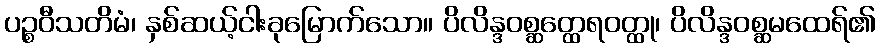
ပဉ္စဝီသတိမံ၊ နှစ်ဆယ့်ငါးခုမြောက်သော။ ပိလိန္ဒဝစ္ဆတ္ထေရဝတ္ထု၊ ပိလိန္ဒဝစ္ဆမထေရ်၏